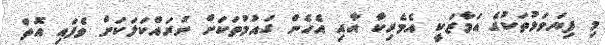
މި ފިޔަވަޅުތަކުގެ އަމާޒަކީ އެމެރިކާ އާއި އެހެން ގައުމުތަކަށް ނުރައްކަލަކަށް ވެފައި އޮތް